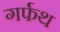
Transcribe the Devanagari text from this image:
गर्फथ